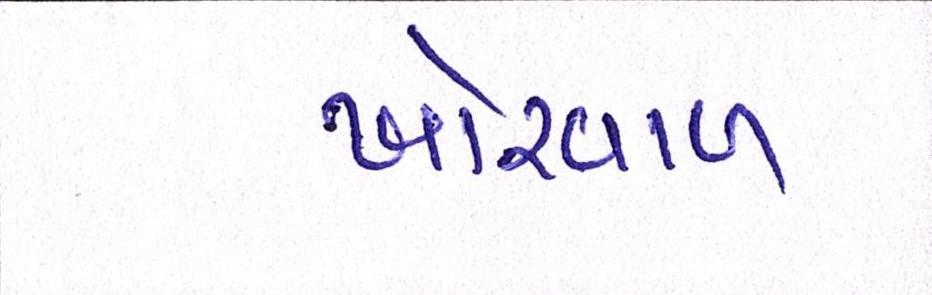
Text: ખોરવાળ